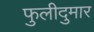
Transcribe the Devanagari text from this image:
फुलीदुमार